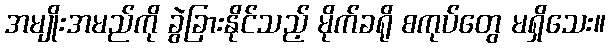
အမျိုးအမည်ကို ခွဲခြားနိုင်သည့် မိုက်ခရို စကုပ်တွေ မရှိသေး။